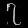
Digit: ၇